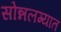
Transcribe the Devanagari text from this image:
सोन्नलग्यात